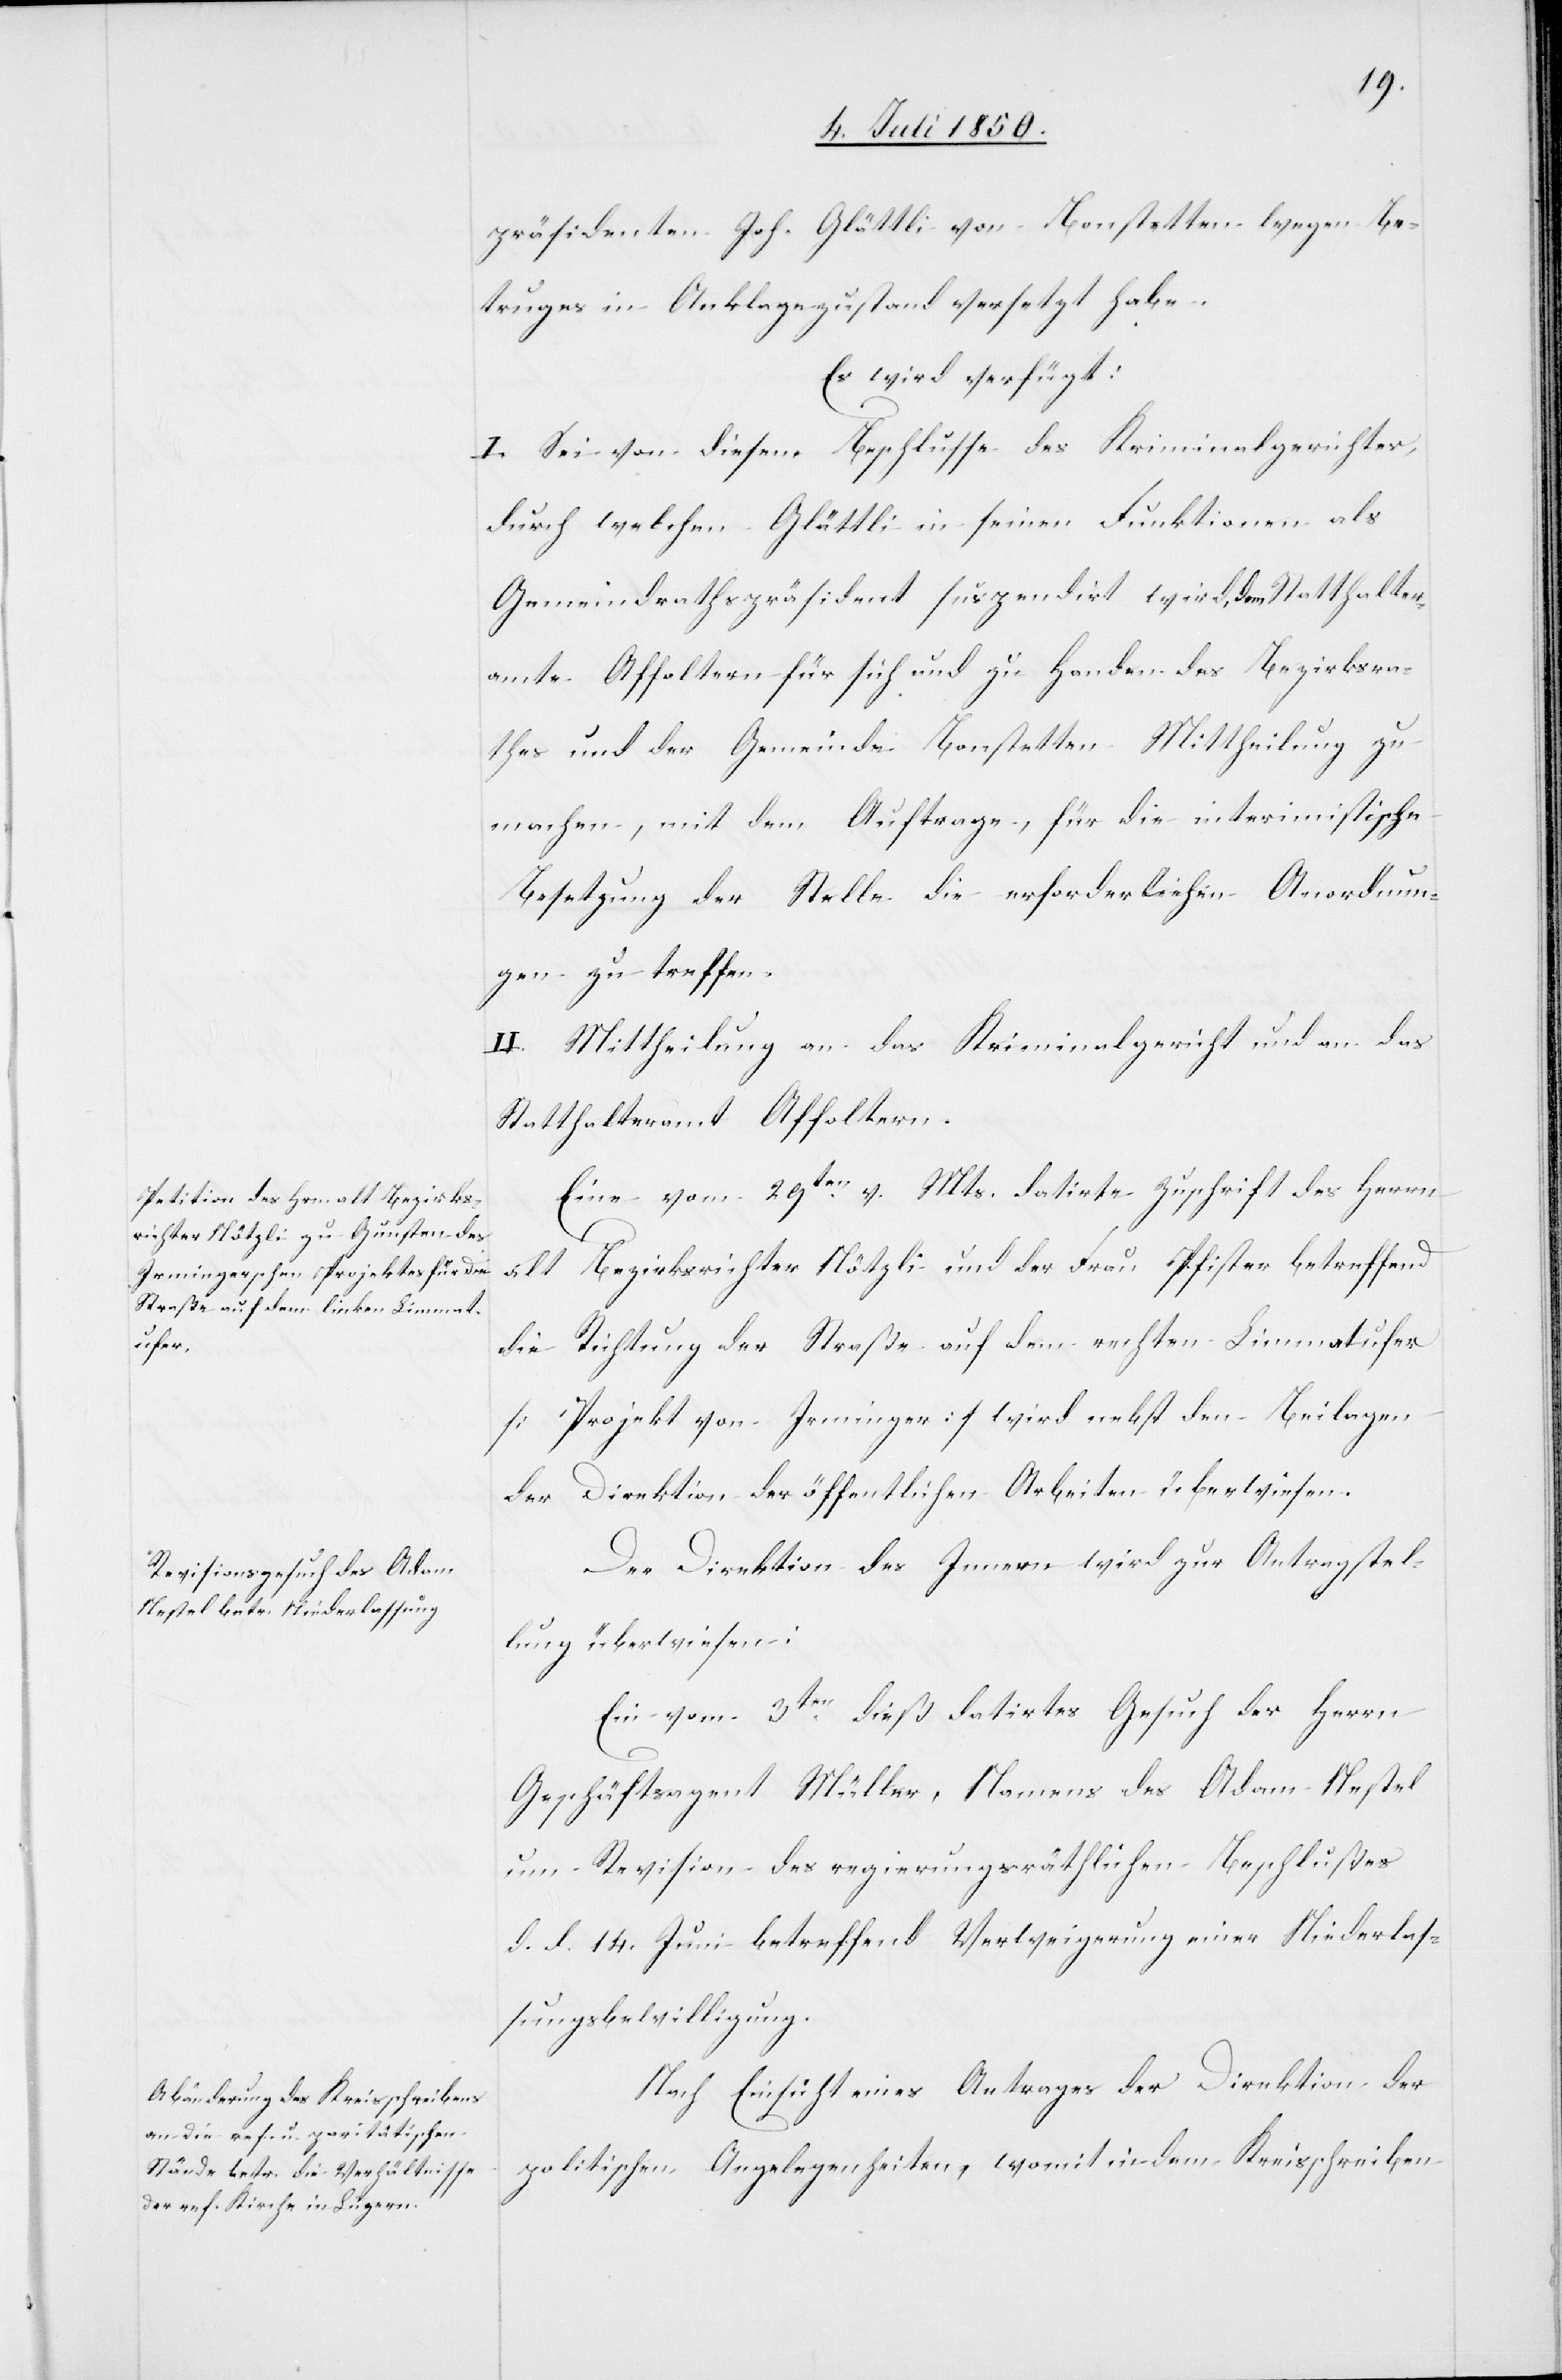
präsidenten Joh. Glättli von Bonstetten wegen Be¬
truges in Anklagezustand versetzt habe.
Es wird verfügt:
I. Sei von diesem Beschlusse des Kriminalgerichts,
durch welchen Glättli in seinen Funktionen als
Gemeindrathspräsident suspendirt wird, dem Statthalter¬
amte Affoltern für sich und zu Handen des Bezirksra¬
thes und der Gemeinde Bonstetten Mittheilung zu
machen, mit dem Auftrage, für die interimistische
Besetzung der Stelle die erforderlichen Anordnun¬
gen zu treffen.
II. Mittheilung an das Kriminalgericht und an das
Statthalteramt Affoltern.
den
Eine vom 29ten v. Mts. datirte Zuschrift des Herrn
alt Bezirksrichter Nötzli und der Frau Pfister betreffend
die Richtung der Straße auf dem rechten [sic!] Limmatufer
[Projekt von Irminger] wird nebst den Beilagen
der Direktion der öffentlichen Arbeiten überwiesen.
Der Direktion des Innern wird zur Antragstel¬
lung überwiesen:
Ein vom 3ten dieß datirtes Gesuch des Herrn
Geschäftsagent Müller, Namens des Adam Nestel
um Revision des regierungsräthlichen Beschlußes
d. d. 14. Juni betreffend Verweigerung einer Niederlas¬
sungsbewilligung.
Nach Einsicht eines Antrages der Direktion der
politischen Angelegenheiten, womit in dem Kreisschreiben